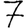
Digit: 7